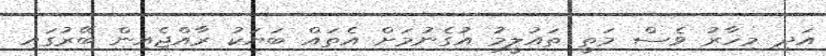
އަދި މިހާރު ވެސް މަތީ ތައުލީމު އުގެނުމަށް އެތައް ބަޔަކު ރާއްޖެއިން ބޭރުގައި